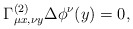
\begin{align*}\Gamma^{(2)}_{\mu x, \nu y}\Delta \phi^\nu(y)=0,\end{align*}